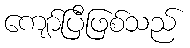
ကျော်ပြီဖြစ်သည်